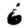
Digit: 6